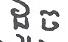
ដូច